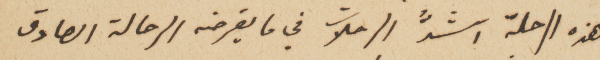
هذه الرحلة اشدُّ الرحلات في ما يَفرضه الرحالة الصادق